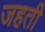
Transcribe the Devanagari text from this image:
जहती